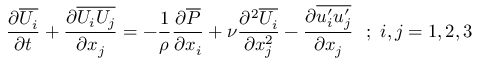
{ \frac { \partial \overline { { U _ { i } } } } { \partial t } } + { \frac { \partial \overline { { U _ { i } U _ { j } } } } { \partial x _ { j } } } = - { \frac { 1 } { \rho } } { \frac { \partial \overline { { P } } } { \partial x _ { i } } } + \nu { \frac { \partial ^ { 2 } \overline { { U _ { i } } } } { \partial x _ { j } ^ { 2 } } } - { \frac { \partial \overline { { u _ { i } ^ { \prime } u _ { j } ^ { \prime } } } } { \partial x _ { j } } } ~ ~ ; ~ i , j = 1 , 2 , 3